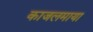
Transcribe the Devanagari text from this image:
काजलमाया